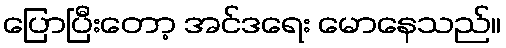
ပြောပြီးတော့ အင်ဒရေး မောနေသည်။